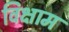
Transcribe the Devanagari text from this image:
विक्षाम